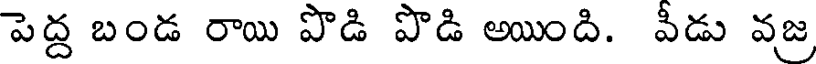
పెద్ద బండ రాయి పొడి పొడి అయింది. వీడు వజ్ర